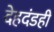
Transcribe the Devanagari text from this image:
देहदंडही